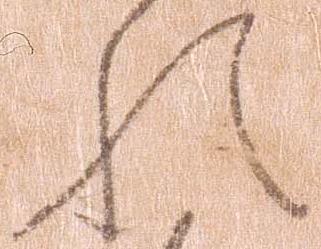
れ